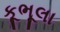
કૂભૂલા